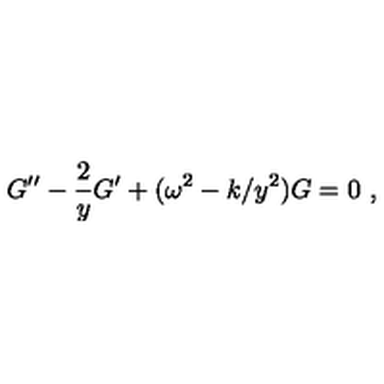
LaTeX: G ^ { \prime \prime } - { \frac { 2 } { y } } G ^ { \prime } + ( \omega ^ { 2 } - k / y ^ { 2 } ) G = 0 \ ,